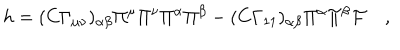
h = ( C \Gamma _ { \mu \nu } ) _ { \alpha \beta } \Pi ^ { \mu } \Pi ^ { \nu } \Pi ^ { \alpha } \Pi ^ { \beta } - ( C \Gamma _ { 1 1 } ) _ { \alpha \beta } \Pi ^ { \alpha } \Pi ^ { \beta } { \cal F } \quad ,